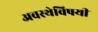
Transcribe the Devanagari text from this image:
अवस्थेविषयी